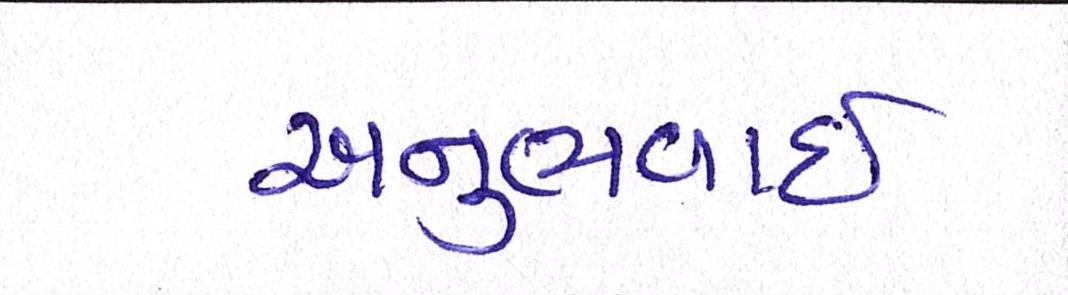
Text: અનુભવાઇ